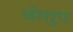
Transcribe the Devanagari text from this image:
वोगुए